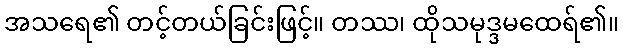
အသရေ၏ တင့်တယ်ခြင်းဖြင့်။ တဿ၊ ထိုသမုဒ္ဒမထေရ်၏။